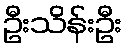
ဦးသိန်းဦး